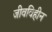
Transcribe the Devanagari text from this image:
जीवविहीन